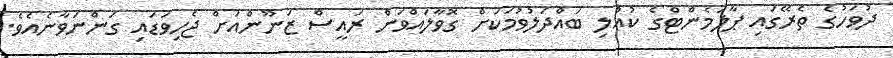
ދުވަހުގެ ތެރޭގައި ޕާލަމެންޓްގެ ކުއްލި ބައްދަލުވުމަކަށް ގޮވާލައްވަން ރައީސް ޒަނޫންއަށް ޖެހިވަޑައި ގަންނަވާނެއެވެ.